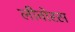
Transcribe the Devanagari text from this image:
लीवोरस